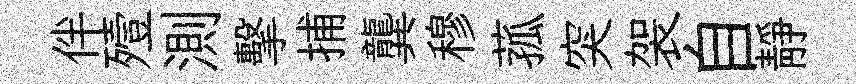
伴殪測擊捕龔穆菰突袈自靜